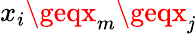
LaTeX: x_{i}\geqx_{m}\geqx_{\mathit{j}}